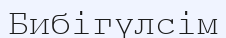
Бибігүлсім